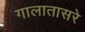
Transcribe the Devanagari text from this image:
गालातासरे